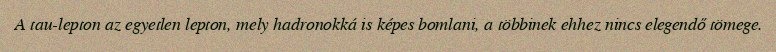
A tau-lepton az egyetlen lepton, mely hadronokká is képes bomlani, a többinek ehhez nincs elegendő tömege.